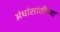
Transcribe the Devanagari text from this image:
अंधांसांठीच्या